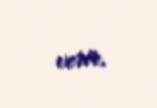
verir.